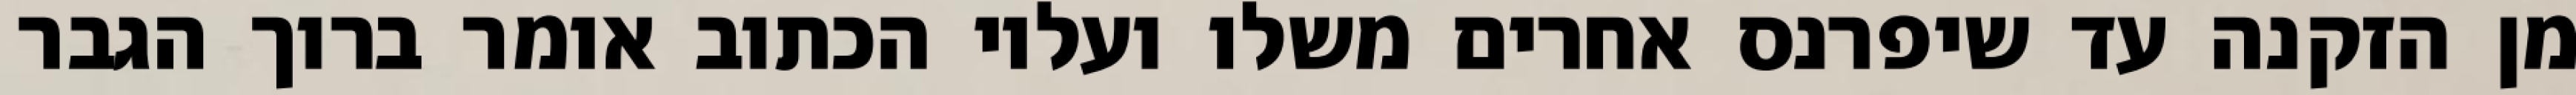
מן הזקנה עד שיפרנס אחרים משלו ועליו הכתוב אומר ברוך הגבר